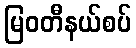
မြဝတီနယ်စပ်